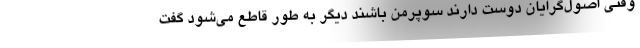
وقتی اصول‌گرایان دوست دارند سوپرمن باشند دیگر به طور قاطع می‌شود گفت